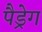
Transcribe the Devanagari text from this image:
पैड्रेग